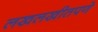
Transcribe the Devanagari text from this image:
लखलखीतपणे